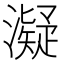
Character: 𤁒